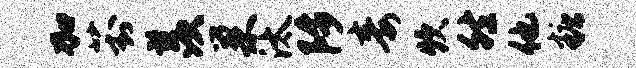
加葑羡巢汰陟毒炊然他糖